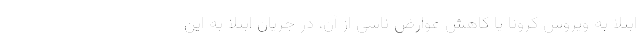
ابتلا به ویروس کرونا یا کاهش عوارض ناشی از آن، در جریان ابتلا به این